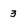
Character: 3